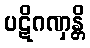
ပဋိဂဏှန္တိ